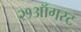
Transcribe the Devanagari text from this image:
२१ऑगस्ट